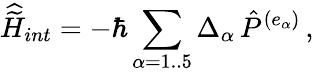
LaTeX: {\widehat{\widetilde H}}_{int}=-\hbar\sum_{\alpha=1..5}{\Delta_{\alpha}}\, {\hat{P}}^{(e_{\alpha})}\, ,